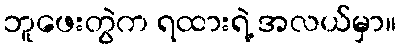
ဘူဖေးတွဲက ရထားရဲ့ အလယ်မှာ။